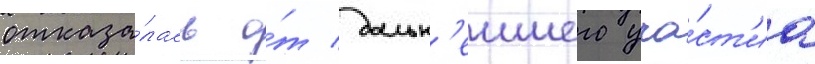
отказа́лась о́т дальн'еишего уча́ст'иа